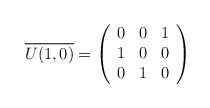
\begin{align*}\overline{U(1,0)}=\left(\begin{array}{ccc}0 & 0 & 1 \\1 & 0 & 0 \\0 & 1 & 0\end{array}\right)\end{align*}